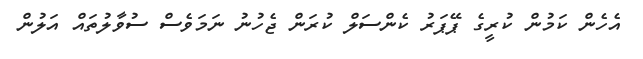
އެހެން ކަމުން ކުރީގެ ޕޭޕަރު ކެންސަލް ކުރަން ޖެހުނު ނަމަވެސް ސުވާލުތައް އަލުން